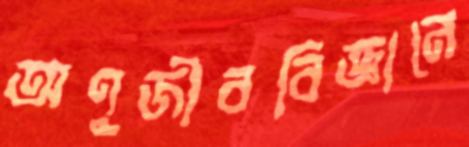
অণুজীববিজ্ঞানে